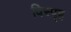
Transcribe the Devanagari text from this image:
विस्पृह